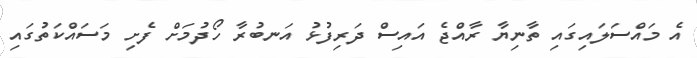
އެ މައްސަލައިގައި ތާނިޔާ ރާއްޖެ އައިސް ދަރިފުޅު އަނބުރާ ހޯދުމަށް ފެށި މަސައްކަތުގައި